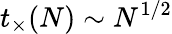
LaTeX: t_{\times}(N)\sim N^{1/2}